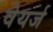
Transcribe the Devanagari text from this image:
वेयर्ज